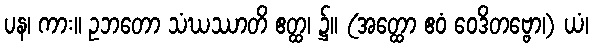
ပန၊ ကား။ ဥဘတော သံဃဿာတိ ဧတ္ထ၊ ၌။ (အတ္ထော ဧဝံ ဝေဒိတဗ္ဗော၊) ယံ၊